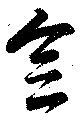
念